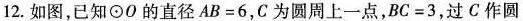
12. 如图，已知\odot 0 的直径 $$A B = 6$$，C 为圆周上一点，$$B C = 3$$，过 C 作圆